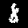
Label: 8